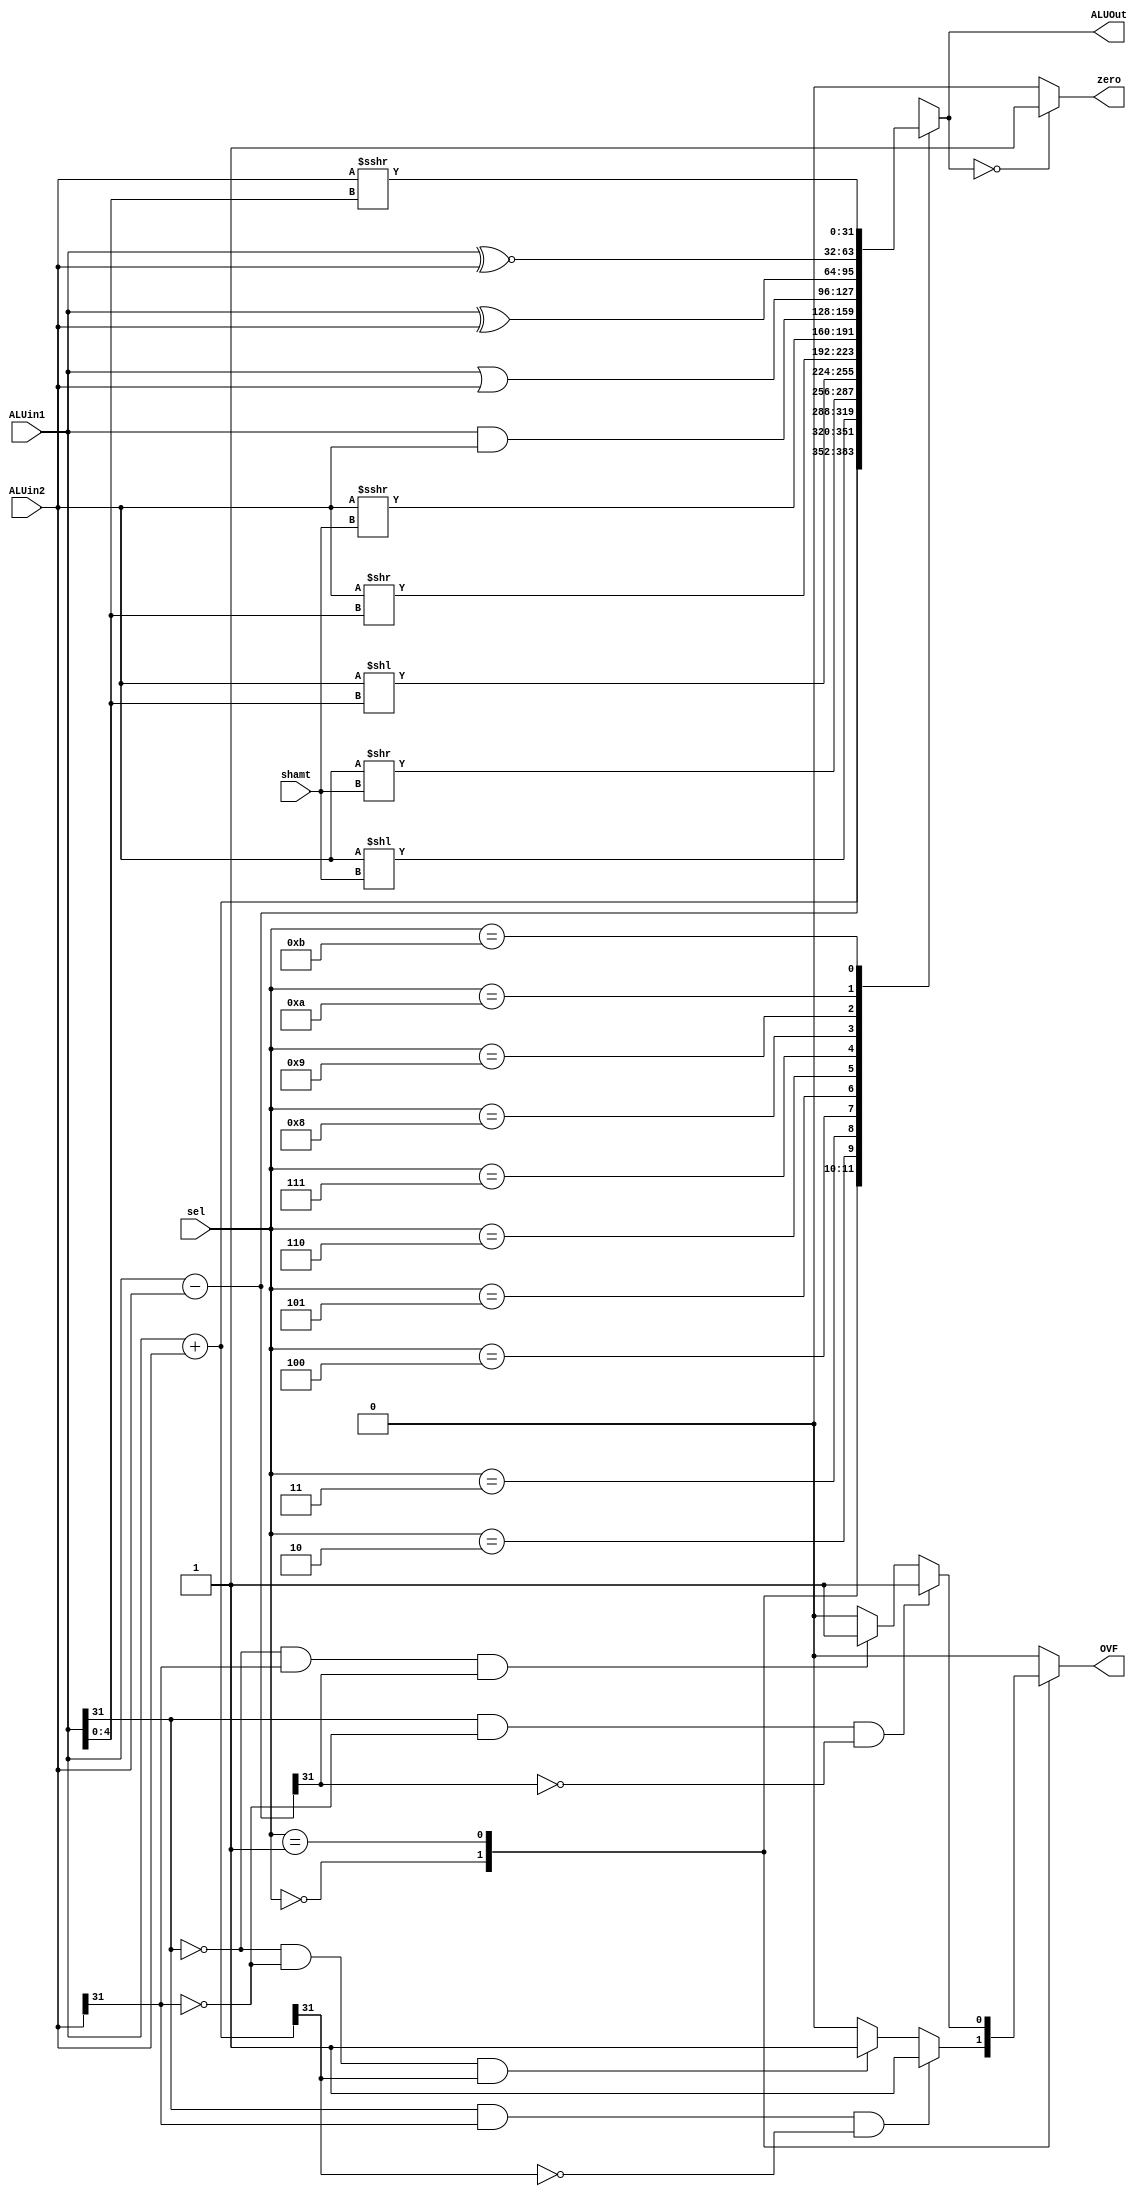
`timescale 1ns / 1ps
//////////////////////////////////////////////////////////////////////////////////
// Name: Rylan Bumbasi
// Course: COMPE 475
// Module Description: ALU
//////////////////////////////////////////////////////////////////////////////////

           
module ALU#(parameter WL = 32, selBits = 4)
          (input signed [WL - 1:0] ALUin1, ALUin2,
           input [4:0] shamt,
           input [selBits-1:0] sel, 
           output reg signed [WL-1:0] ALUOut,
           output reg OVF, zero);
           

always @* begin
    OVF = 0;
    zero = 0;
    case(sel)
    4'b0000: begin 
        ALUOut = ALUin1 + ALUin2; // 0:ADDITION
            if( (ALUin1[WL-1]) & (ALUin2[WL-1]) & !(ALUOut[WL-1])) OVF = 2'b1; // If -A + -B = +Out, OVERFLOW
            else if( !(ALUin1[WL-1]) & !(ALUin2[WL-1]) & (ALUOut[WL-1]) ) OVF = 2'b1; // If A + B = -Out, OVERFLOW
    end
    4'b0001: begin
        ALUOut = ALUin1 - ALUin2; // 1:SUBTRACTION
           if( (ALUin1[WL-1]) & !(ALUin2[WL-1]) & !(ALUOut[WL-1]) ) OVF = 2'b1; // If -A - B = +Out, OVERFLOW
           else if( !(ALUin1[WL-1]) & (ALUin2[WL-1]) & (ALUOut[WL-1]) ) OVF = 2'b1; // If A - -B = -Out, OVERFLOW
    end // SUBSTRATION
    4'b0010: ALUOut = ALUin2 << shamt; // 2: LOGICAL LEFT SHIFT
    4'b0011: ALUOut = ALUin2 >> shamt; // 3:LOGICAL RIGHT SHIFT
    4'b0100: ALUOut = ALUin2 << ALUin1[4:0]; // 4: LOGICAL VARIABLE LEFT SHIFT
    4'b0101: ALUOut = ALUin2 >> ALUin1[4:0]; // 5: LOGICAL VARIABLE RIGHT SHIFT
    4'b0110: ALUOut = ALUin2 >>> shamt; // 6: ARITHMATIC RIGHT SHIFT
    4'b0111: ALUOut = ALUin1 & ALUin2; // 7: BITWISE AND
    4'b1000: ALUOut = ALUin1 | ALUin2; // 8: BITWISE OR
    4'b1001: ALUOut = ALUin1 ^ ALUin2; // 9: BITWISE XOR
    4'b1010: ALUOut = ALUin1 ~^ ALUin2; // 10: BITWISE XNOR
    4'b1011: ALUOut = ALUin2 >>> ALUin1[4:0]; // 11: ARITHMATIC VARIABLE RIGHT SHIFT
    default: ALUOut = 32'bXXXX;
   endcase
     if (ALUOut == 0) zero = 1'b1; // if ALUOut is 0, then raise zero flag
  end
endmodule